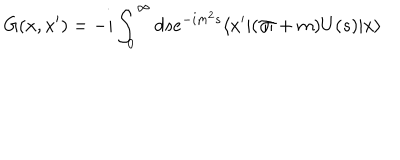
LaTeX: G ( x , x ^ { \prime } ) = - i \int _ { 0 } ^ { \infty } d s e ^ { - i m ^ { 2 } s } \langle x ^ { \prime } \vert ( \not { \! \Pi } + m ) U ( s ) \vert x \rangle